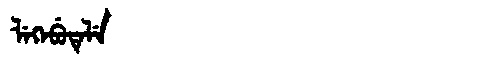
Manchu: ᠯᡝᡴᡝᠪᡠᡨᡝᠯᡝ
Romanization: LEKEBUTELE